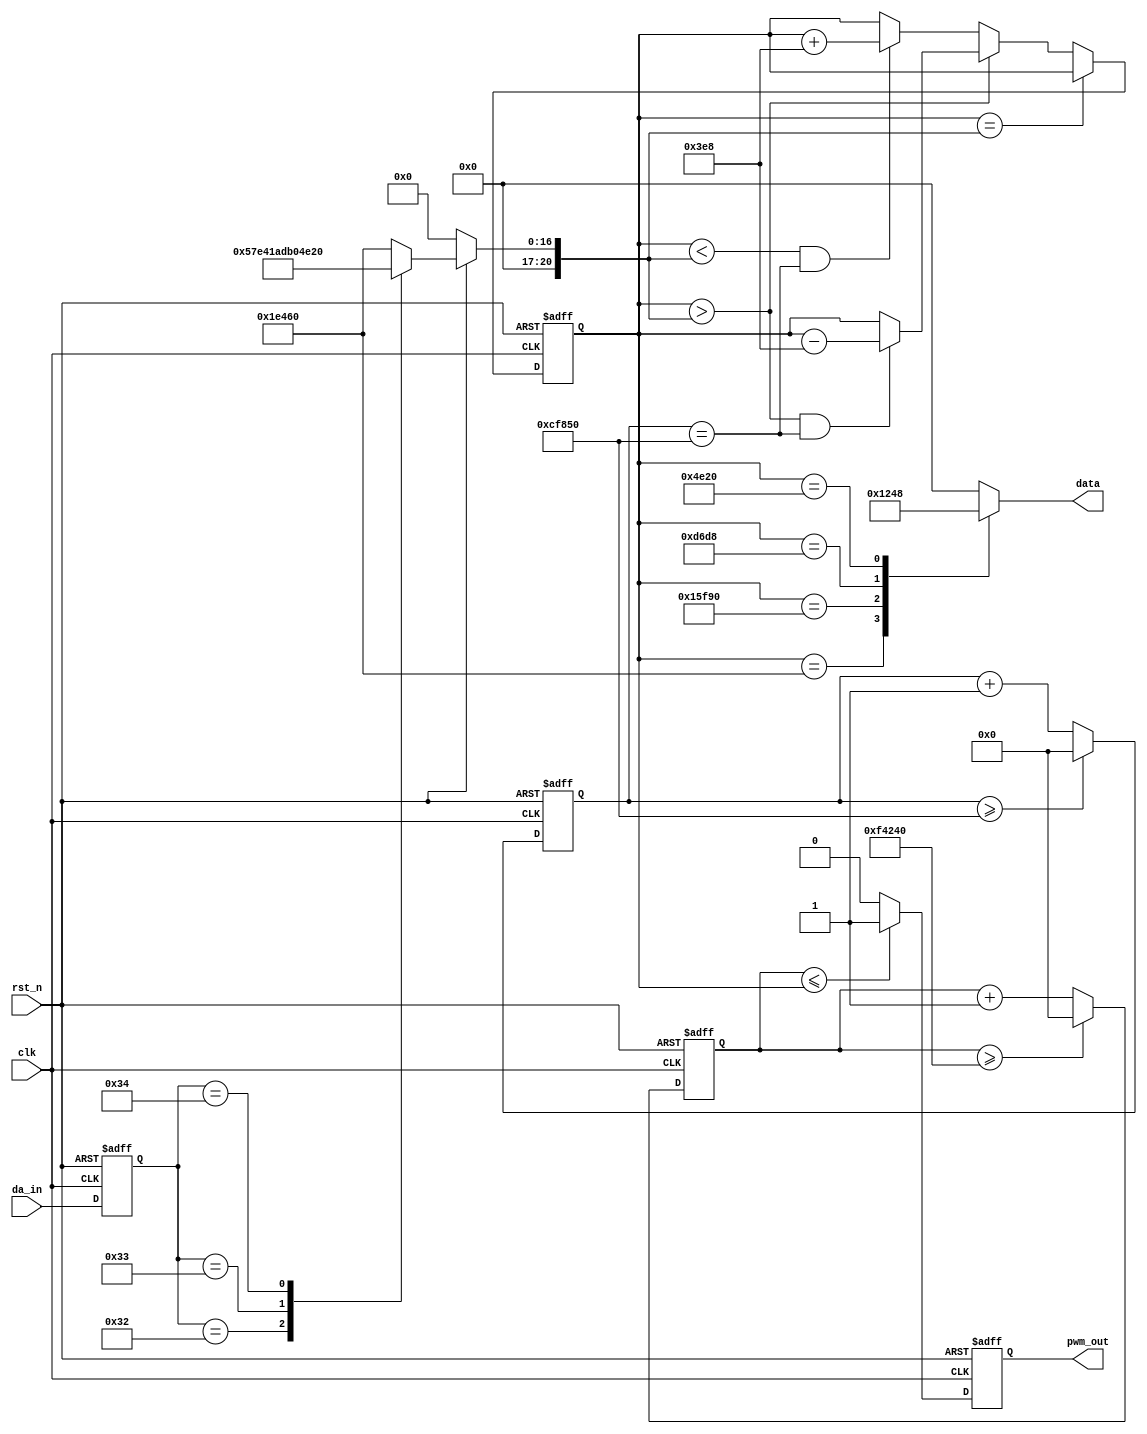
`timescale 1ns / 1ps
//////////////////////////////////////////////////////////////////////////////////
// Company: 
// Engineer: 
// 
// Design Name: 
// Module Name:    P1 
// Project Name: 
// Target Devices: 
// Tool versions: 
// Description: 
//
// Dependencies: 
//
// Revision: 
// Revision 0.01 - File Created
// Additional Comments: 
//
//////////////////////////////////////////////////////////////////////////////////
module p1(
				clk,
				rst_n,
				da_in,
				pwm_out,
				data
);

input					clk;
input				rst_n;
input   [7:0]   	da_in;
output	reg		pwm_out;
output reg [3:0] data;

reg [20:0] cnt;
parameter h=850000;//20x5ns   200000slow350000
reg [20:0] cnt2;

parameter           s=1000_000,//20ms-----T
					s0=124_000,//2.5ms
					s1=90_000,//90
					s2=55_000,//180
					s3=20_000;//270
					/*
					 s=100,//20ms-----T
					s0=50,//2.5ms
					s1=40,//90
					s2=30,//180
					s3=20;//270
					*/
									
reg	[20:0]  cnt_r;	
reg [20:0]  cntr;
reg 	[7:0]    da_in_r;

always@(posedge clk or negedge rst_n)begin
	if(!rst_n)
		da_in_r <= 'b0;
	else 
		da_in_r <= da_in;
end



always@(*)begin
	if(!rst_n)
		cnt_r <= 'd0;
	else
		begin
			case(da_in_r)
				'd49: cnt_r <= s0;
			    'd50: cnt_r <= s1;
				'd51: cnt_r <= s2;
				'd52: cnt_r <= s3;
				default: cnt_r <= s0;
			endcase
		end
end


always@(posedge clk or negedge rst_n)
if(!rst_n)
cntr<=s0;
else if(cntr==cnt_r)
cntr<=cntr;
else if(cntr>cnt_r)
begin
if(cntr>cnt_r&&cnt2==h)
cntr<=cntr-'d1000;//1000
else
cntr<=cntr;
end
else begin
if(cntr<cnt_r&&cnt2==h)
cntr<=cntr+'d1000;
else
cntr<=cntr;
end


always@(posedge clk or negedge rst_n)begin
	if(!rst_n)
		cnt <= 'd0;
	else if(cnt >= s)
		cnt <= 'd0;
	else
		cnt <= cnt + 1'b1;
end


always@(posedge clk or negedge rst_n)begin
	if(!rst_n)
		cnt2 <= 'd0;
	else if(cnt2 >= h)
		cnt2 <= 'd0;
	else
		cnt2 <= cnt2 + 1'b1;
end



always@(posedge clk or negedge rst_n)begin
	if(!rst_n)
		pwm_out <= 1'b0;
	else if(cnt <= cntr)
		pwm_out <= 1'b1;
	else
		pwm_out <= 1'b0;
end

	 always@(*)
		case(cntr)
		s0 :data='b0001;
		s1 :data='b0010;
		s2 :data='b0100;
		s3 :data='b1000;
		default: data='b0000;
		endcase


endmodule